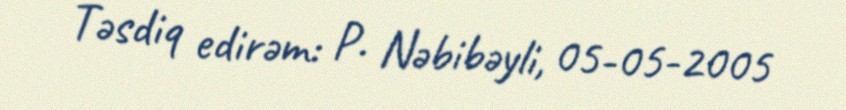
Təsdiq edirəm: P. Nəbibəyli, 05-05-2005